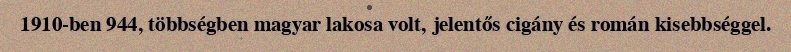
1910-ben 944, többségben magyar lakosa volt, jelentős cigány és román kisebbséggel.